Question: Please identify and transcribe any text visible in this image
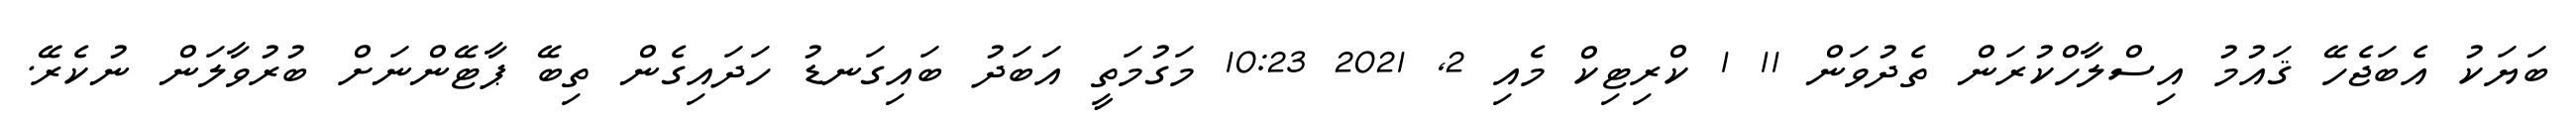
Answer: ބަޔަކު އެބަޖެހޭ ޤައުމު އިސްލާހްކުރަން ތެދުވަން 11 1 ކްރިޓިކް މެއި 2, 2021 10:23 މަގުމަތީ އަބަދު ބައިގަނޑު ހަދައިގެން ތިބޭ ޕާޓޭންނަށް ބުރުވާލަން ނުކެރޭ.